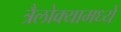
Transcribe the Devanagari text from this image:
त्रैलोक्यामध्ये